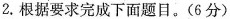
2.根据要求完成下面题目。(6分)